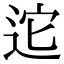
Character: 迱